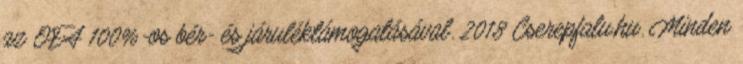
az OFA 100%-os bér- és járuléktámogatásával. 2018 Cserepfalu.hu. Minden